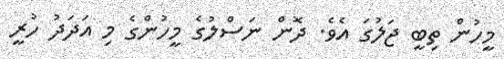
މީހުން ތިބީ ޖަލުގަ އެވެ. ދޮން ނަސްލުގެ މީހުންގެ މި އަދަދު ހުރީ